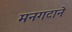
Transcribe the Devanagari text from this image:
मनगटाने